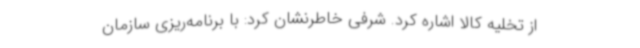
از تخلیه کالا اشاره کرد. شرفی خاطرنشان کرد: با برنامه‌ریزی سازمان